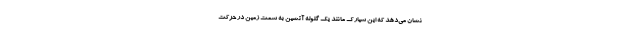
نشان می‌دهد که این سیارک مانند یک گلوله آتشین به سمت زمین در حرکت